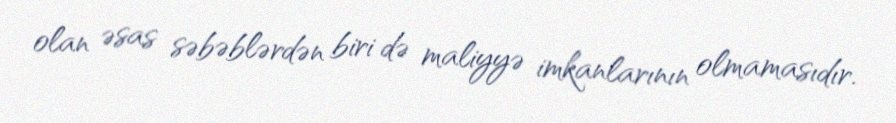
olan əsas səbəblərdən biri də maliyyə imkanlarının olmamasıdır.